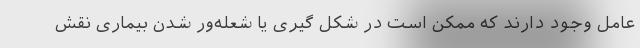
عامل وجود دارند که ممکن است در شکل گیری یا شعله‌ور شدن بیماری نقش